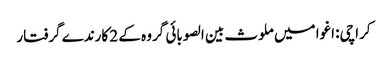
کراچی: اغوا میں ملوث بین الصوبائی گروہ کے 2 کارندے گرفتار